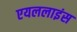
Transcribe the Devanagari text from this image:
एयललाइंस